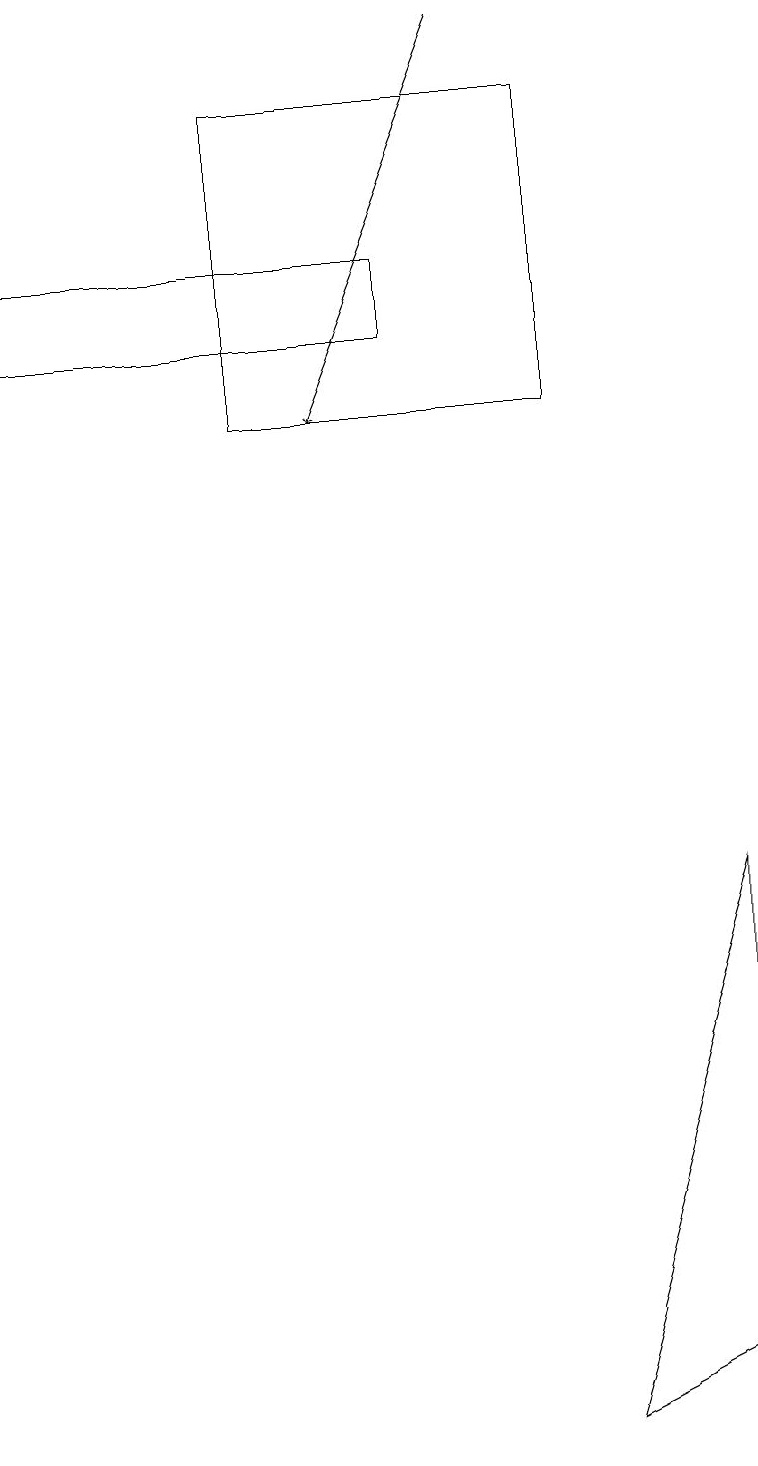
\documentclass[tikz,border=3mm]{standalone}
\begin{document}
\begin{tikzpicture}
\draw[->] (6,19) -- (4,14);
\draw (9,8) -- (9,2) -- (7,1) -- cycle;
\draw (5,16) rectangle (0,15);
\draw (3,14) rectangle (7,18);
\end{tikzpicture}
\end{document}